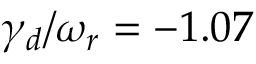
\gamma _ { d } / \omega _ { r } = - 1 . 0 7 \